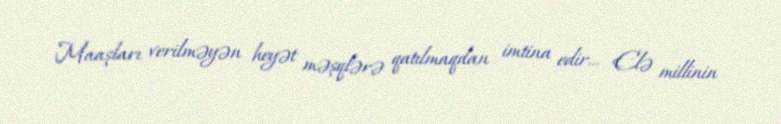
Maaşları verilməyən heyət məşqlərə qatılmaqdan imtina edir... Elə millinin